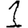
Digit: 1